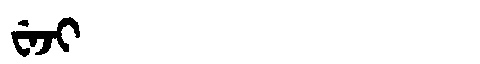
Manchu: ᠸᡝᠵᡳ
Romanization: WEJI